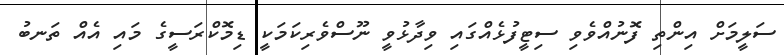
ސަލީމަށް އިންތި ފޮނުއްވެވި ސިޓީފުޅެއްގައި ވިދާޅުވީ ނޫސްވެރިކަމަކީ ޑިމޮކްރަސީގެ މައި އެއް ތަނބު